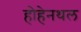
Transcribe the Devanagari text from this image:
होहेनथल